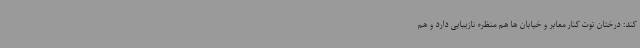
کند: درختان توت کنار معابر و خیابان ها هم منظره نازیبایی دارد و هم